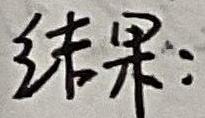
结果：